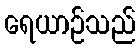
ရေယာဉ်သည်